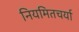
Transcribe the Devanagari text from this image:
नियमितचर्या